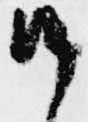
候